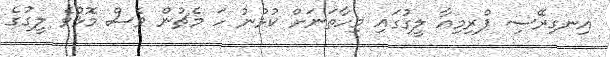
އިނގިރޭސި ޕްރިމިއާ ލީގުގައި މިހާތަނަށް ކުޅުނު ހަ މެޗުން ވެސް މޮޅުވެ ލީގުގެ